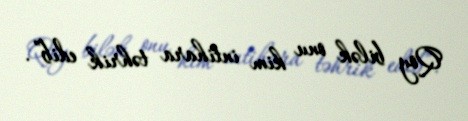
Qoy bilək onu kim intihara təhrik edib”.